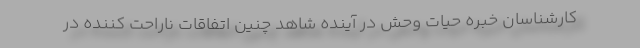
کارشناسان خبره حیات وحش در آینده شاهد چنین اتفاقات ناراحت کننده در